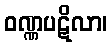
ဝဏ္ဏပဋိလာ၊